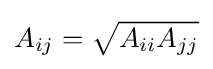
A_{ij}={\sqrt {A_{ii}A_{jj}}}